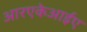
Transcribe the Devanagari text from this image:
आरएकेआईए